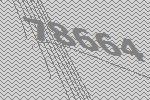
78664